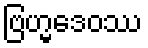
ဗြဟ္မဒေဝဿ